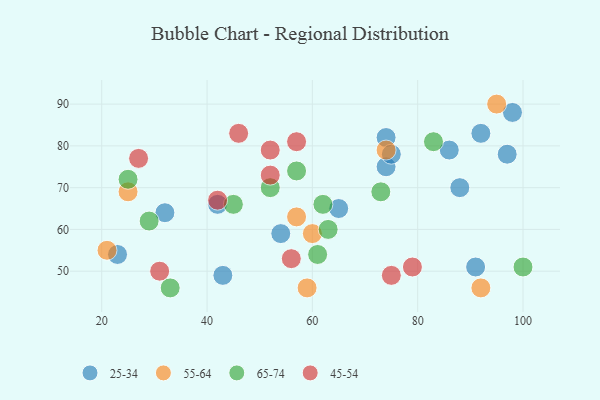
{"axis": {"x": "GDP", "y": "Life Expectancy"}, "legend": ["25-34", "45-54", "55-64", "65-74"], "data": [{"x": "43", "y": 49, "type": "25-34"}, {"x": "74", "y": 82, "type": "25-34"}, {"x": "98", "y": 88, "type": "25-34"}, {"x": "88", "y": 70, "type": "25-34"}, {"x": "92", "y": 83, "type": "25-34"}, {"x": "32", "y": 64, "type": "25-34"}, {"x": "42", "y": 66, "type": "25-34"}, {"x": "91", "y": 51, "type": "25-34"}, {"x": "86", "y": 79, "type": "25-34"}, {"x": "23", "y": 54, "type": "25-34"}, {"x": "54", "y": 59, "type": "25-34"}, {"x": "97", "y": 78, "type": "25-34"}, {"x": "65", "y": 65, "type": "25-34"}, {"x": "74", "y": 75, "type": "25-34"}, {"x": "75", "y": 78, "type": "25-34"}, {"x": "74", "y": 79, "type": "55-64"}, {"x": "25", "y": 69, "type": "55-64"}, {"x": "95", "y": 90, "type": "55-64"}, {"x": "59", "y": 46, "type": "55-64"}, {"x": "92", "y": 46, "type": "55-64"}, {"x": "21", "y": 55, "type": "55-64"}, {"x": "60", "y": 59, "type": "55-64"}, {"x": "57", "y": 63, "type": "55-64"}, {"x": "52", "y": 70, "type": "65-74"}, {"x": "100", "y": 51, "type": "65-74"}, {"x": "57", "y": 74, "type": "65-74"}, {"x": "61", "y": 54, "type": "65-74"}, {"x": "25", "y": 72, "type": "65-74"}, {"x": "45", "y": 66, "type": "65-74"}, {"x": "83", "y": 81, "type": "65-74"}, {"x": "63", "y": 60, "type": "65-74"}, {"x": "33", "y": 46, "type": "65-74"}, {"x": "29", "y": 62, "type": "65-74"}, {"x": "73", "y": 69, "type": "65-74"}, {"x": "62", "y": 66, "type": "65-74"}, {"x": "46", "y": 83, "type": "45-54"}, {"x": "31", "y": 50, "type": "45-54"}, {"x": "42", "y": 67, "type": "45-54"}, {"x": "79", "y": 51, "type": "45-54"}, {"x": "52", "y": 73, "type": "45-54"}, {"x": "56", "y": 53, "type": "45-54"}, {"x": "75", "y": 49, "type": "45-54"}, {"x": "57", "y": 81, "type": "45-54"}, {"x": "27", "y": 77, "type": "45-54"}, {"x": "52", "y": 79, "type": "45-54"}]}